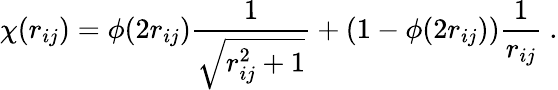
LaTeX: \chi(r_{ij})=\phi(2r_{ij})\frac{1}{\sqrt{r_{ij}^{2}+1}}+(1-\phi(2r_{ij}))\frac{1}{r_{ij}}~.